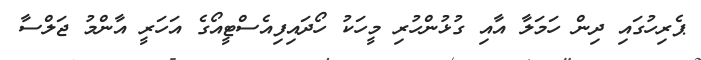
ޕެރިހުގައި ދިން ހަމަލާ އާއި ގުޅުންހުރި މީހަކު ހޯދައިފިއެސްޓީއޯގެ އަހަރީ އާންމު ޖަލްސާ